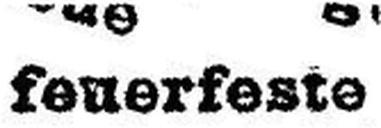
feuerfeste